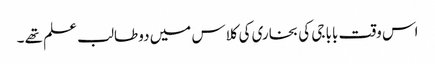
اس وقت بابا جی کی بخاری کی کلاس میں دو طالب علم تھے ۔